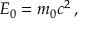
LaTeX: E _ { 0 } = m _ { 0 } c ^ { 2 } \, ,